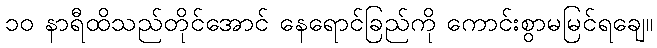
၁၀ နာရီထိသည်တိုင်အောင် နေရောင်ခြည်ကို ကောင်းစွာမမြင်ရချေ။